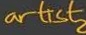
artist